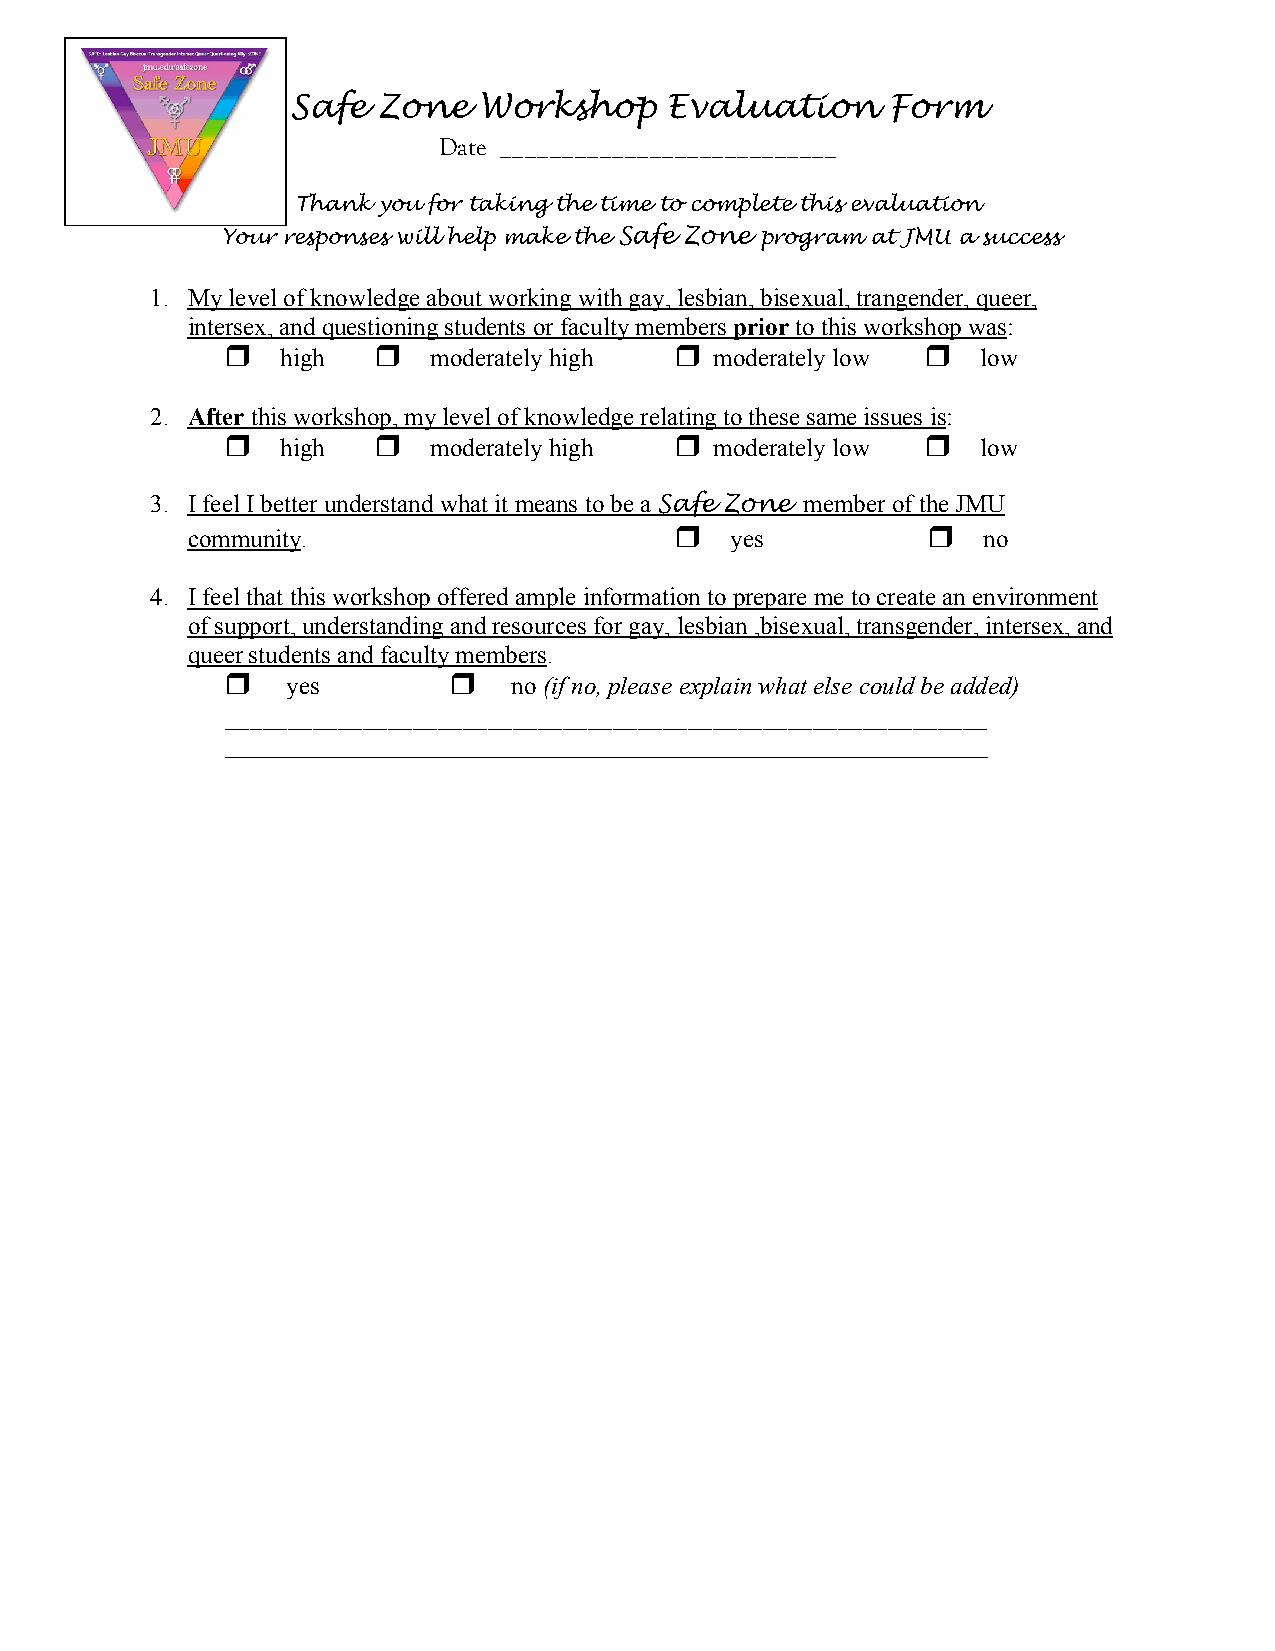
Safe  Zone   Workshop    Evaluation     Form
 Date ___________________________
 Thank you for taking the time to complete this evaluation
 Your responses will help make the Safe Zone program at JMU a success
 1. My level of knowledge about working with gay, lesbian, bisexual, trangender, queer,
 intersex, and questioning students or faculty members prior to this workshop was:
    high    moderately high   moderately low   low
 2. After this workshop, my level of knowledge relating to these same issues is:
    high    moderately high   moderately low   low
 3. I feel I better understand what it means to be a Safe Zone member of the JMU
 community.                         yes             no
 4. I feel that this workshop offered ample information to prepare me to create an environment
 of support, understanding and resources for gay, lesbian ,bisexual, transgender, intersex, and
 queer students and faculty members.
    yes           no (if no, please explain what else could be added)
 _____________________________________________________________
 _____________________________________________________________
 Safe  Zone   Workshop    Evaluation     Form
 Date ___________________________
 Thank you for taking the time to complete this evaluation
 Your responses will help make the Safe Zone program at JMU a success
 1. My level of knowledge about working with gay, lesbian and bisexual, trangender, queer,
 intersex, and questioning students or faculty members prior to this workshop was:
    high    moderately high   moderately low   low
 2. After this workshop, my level of knowledge relating to these same issues is:
    high    moderately high   moderately low   low
 3. I feel I better understand what it means to be a Safe Zone member of the JMU
 community.                         yes             no
 5. I feel that this workshop offered ample information to prepare me to create an environment
 of support, understanding and resources for gay, lesbian ,bisexual, transgender, intersex, and
 queer students and faculty members.
    yes           no (if no, please explain what else could be added)
 _____________________________________________________________
 _____________________________________________________________